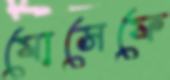
যোসেফে